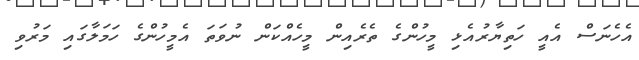
އެހެނަސް އެއީ ހަތިޔާރުއެޅި މީހުންގެ ތެރެއިން މީހެއްކަން ނުވަތަ އެމީހުންގެ ހަމަލާގައި މަރުވި